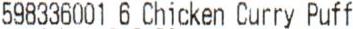
598336001 6 CHICKEN CURRY PUFF